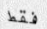
فقط